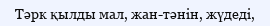
Тәрк қылды мал, жан-тәнін, жүдеді,